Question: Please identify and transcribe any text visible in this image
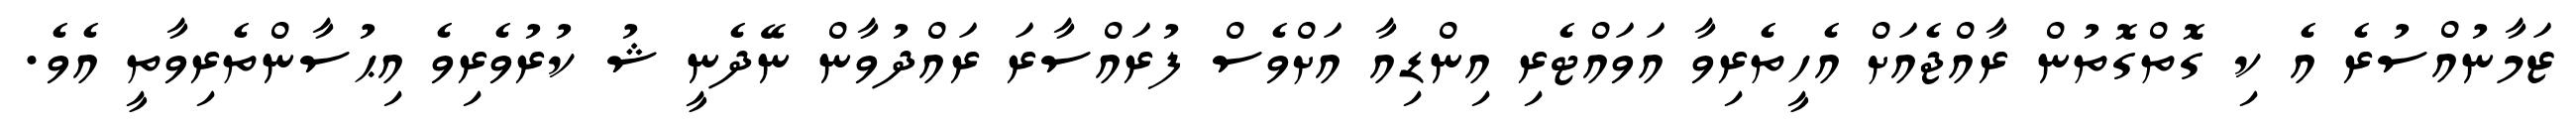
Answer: ޒަމާނުއްސުރެ އެ ކި ގޮތްގޮތުން ރާއްޖެއަށް އެހީތެރިވާ އަވައްޓެރި އިންޑިއާ އަށްވެސް ފުރައްސާރަ ރައްދުވާން ނޭދެނީ ޝު ކުރުވެރިވެ އިޙުސާންތެރިވާތީ އެވެ.